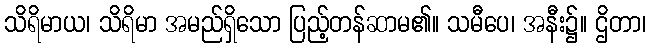
သိရိမာယ၊ သိရိမာ အမည်ရှိသော ပြည့်တန်ဆာမ၏။ သမီပေ၊ အနီး၌။ ဌိတာ၊